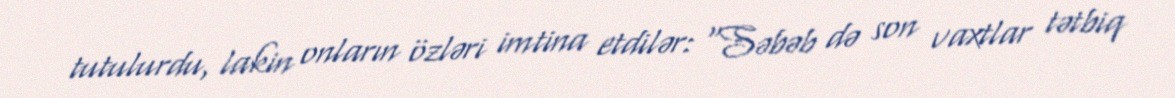
tutulurdu, lakin onların özləri imtina etdilər: “Səbəb də son vaxtlar tətbiq